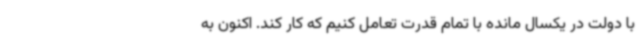
با دولت در یکسال مانده با تمام قدرت تعامل کنیم که کار کند. اکنون به